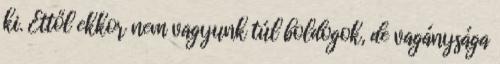
ki. Ettől ekkor nem vagyunk túl boldogok, de vagánysága